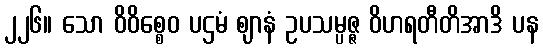
၂၂၆။ သော ဝိဝိစ္စေဝ ပဌမံ ဈာနံ ဥပသမ္ပဇ္ဇ ဝိဟရတီတိအာဒိ ပန